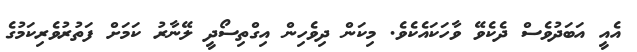
އެއީ އަބަދުވެސް ދެކެވޭ ވާހަކައެކެވެ. މިކަން ދިވެހިން އިގްތިސޯދީ ލޭނާރު ކަމަށް ފަތުރުވެރިކަމުގެ